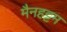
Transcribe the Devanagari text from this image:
मैनहट्टम